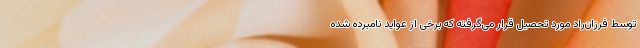
توسط فرزان‌راد مورد تحصیل قرار می‌گرفته که برخی از عواید نامبرده شده